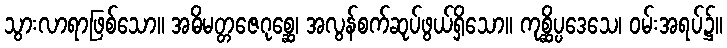
သွားလာရာဖြစ်သော။ အဓိမတ္တဇေဂုစ္ဆေ၊ အလွန်စက်ဆုပ်ဖွယ်ရှိသော။ ကုစ္ဆိပ္ပဒေသေ၊ ဝမ်းအရပ်၌။